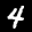
Label: 4